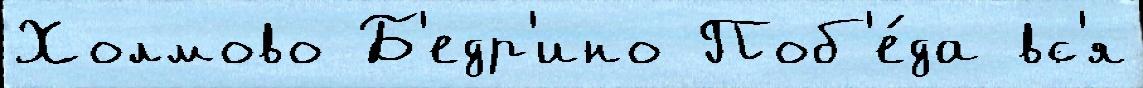
Холмово Б'едр'ино Поб'е́да вс'я